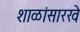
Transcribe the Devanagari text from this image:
शाळांसारखे